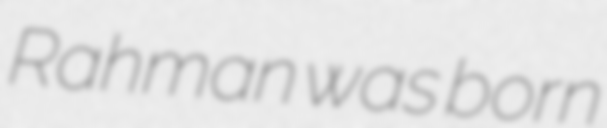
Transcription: Rahman was born